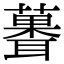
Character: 𫉻